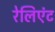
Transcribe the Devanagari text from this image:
रेलिएंट